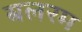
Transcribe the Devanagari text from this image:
बलरम